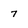
Character: 7